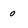
Character: 0